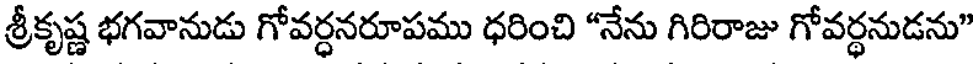
శ్రీకృష్ణ భగవానుడు గోవర్ధనరూపము ధరించి "నేను గిరిరాజు గోవర్ధనుడను"